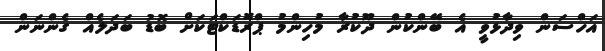
އަހްސަން ވިދާޅުވީ އެ ބޭންކުން ދޫކުރާ މުހިންމު ޕްރޮޑަކްޓަކަށް ބޮޑު ބަދަލެއް ގެންނަން